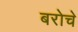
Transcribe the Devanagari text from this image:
बरोचे